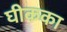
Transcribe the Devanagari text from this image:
घीकका